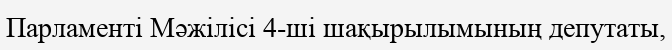
Парламенті Мәжілісі 4-ші шақырылымының депутаты,